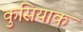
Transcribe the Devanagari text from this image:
कुसियाक